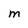
Character: M